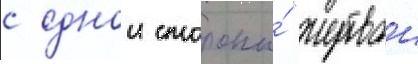
с однои стороны́ "жертвои